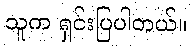
သူက ရှင်းပြပါတယ်။